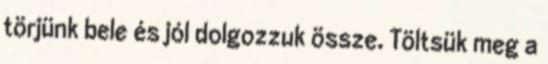
törjünk bele és jól dolgozzuk össze. Töltsük meg a